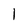
Character: 1